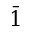
\bar { 1 }